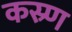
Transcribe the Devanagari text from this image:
कस्र्ण